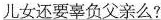
\underline{儿女还要辜负父亲么?}